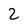
Character: 2